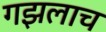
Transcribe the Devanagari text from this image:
गझलाच